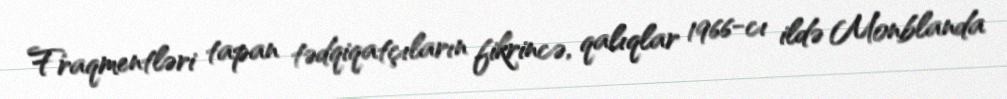
Fraqmentləri tapan tədqiqatçıların fikrincə, qalıqlar 1966-cı ildə Monblanda